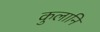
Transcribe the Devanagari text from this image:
कुलानि